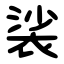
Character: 裟